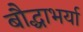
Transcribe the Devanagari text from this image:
बौद्धाभर्या